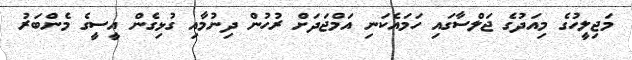
މަޖިލީހުގެ މިއަދުގެ ޖަލްސާގައި ހަމައެކަނި އަމްޖަދަށް ރުހުން ދިނުމާއި ގުޅިގެން އީސީގެ މެންބަރު